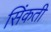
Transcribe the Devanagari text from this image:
सिंकती